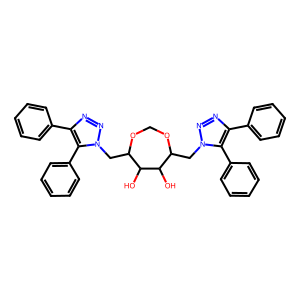
SMILES: OC1C(Cn2nnc(-c3ccccc3)c2-c2ccccc2)OCOC(Cn2nnc(-c3ccccc3)c2-c2ccccc2)C1O
Inhibits HIV replication: No